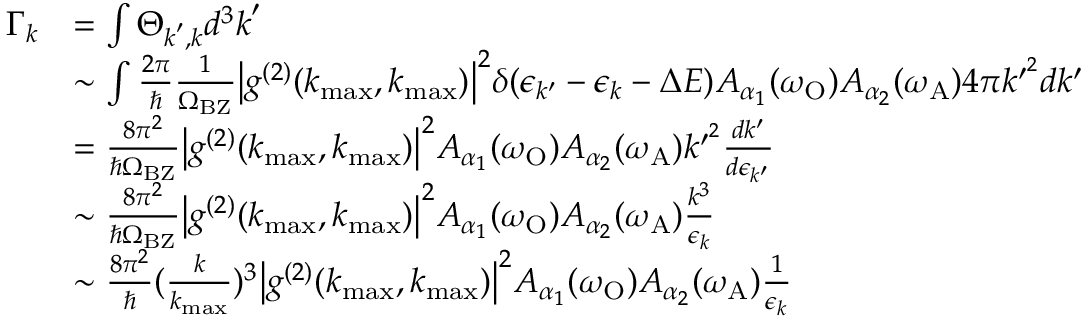
\begin{array} { r l } { \Gamma _ { k } } & { = \int \Theta _ { \boldsymbol { k } ^ { \prime } , \boldsymbol { k } } d ^ { 3 } \boldsymbol { k } ^ { \prime } } \\ & { \sim \int \frac { 2 \pi } { \hbar } \frac { 1 } { \Omega _ { \mathrm { B Z } } } \big | g ^ { ( 2 ) } ( k _ { \operatorname* { m a x } } , k _ { \operatorname* { m a x } } ) \big | ^ { 2 } \delta ( \epsilon _ { k ^ { \prime } } - \epsilon _ { k } - \Delta E ) A _ { \alpha _ { 1 } } ( \omega _ { \mathrm { O } } ) A _ { \alpha _ { 2 } } ( \omega _ { \mathrm { A } } ) 4 \pi k ^ { \prime ^ { 2 } } d k ^ { \prime } } \\ & { = \frac { 8 \pi ^ { 2 } } { \hbar \Omega _ { \mathrm { B Z } } } \big | g ^ { ( 2 ) } ( k _ { \operatorname* { m a x } } , k _ { \operatorname* { m a x } } ) \big | ^ { 2 } A _ { \alpha _ { 1 } } ( \omega _ { \mathrm { O } } ) A _ { \alpha _ { 2 } } ( \omega _ { \mathrm { A } } ) k ^ { \prime ^ { 2 } } \frac { d k ^ { \prime } } { d \epsilon _ { k ^ { \prime } } } } \\ & { \sim \frac { 8 \pi ^ { 2 } } { \hbar \Omega _ { \mathrm { B Z } } } \big | g ^ { ( 2 ) } ( k _ { \operatorname* { m a x } } , k _ { \operatorname* { m a x } } ) \big | ^ { 2 } A _ { \alpha _ { 1 } } ( \omega _ { \mathrm { O } } ) A _ { \alpha _ { 2 } } ( \omega _ { \mathrm { A } } ) \frac { k ^ { 3 } } { \epsilon _ { k } } } \\ & { \sim \frac { 8 \pi ^ { 2 } } { \hbar } ( \frac { k } { k _ { \operatorname* { m a x } } } ) ^ { 3 } \big | g ^ { ( 2 ) } ( k _ { \operatorname* { m a x } } , k _ { \operatorname* { m a x } } ) \big | ^ { 2 } A _ { \alpha _ { 1 } } ( \omega _ { \mathrm { O } } ) A _ { \alpha _ { 2 } } ( \omega _ { \mathrm { A } } ) \frac { 1 } { \epsilon _ { k } } } \end{array}